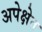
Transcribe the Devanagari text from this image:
अपेक्षेत